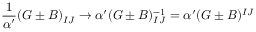
\frac { 1 } { \alpha ^ { \prime } } ( G \pm B ) _ { I J } \rightarrow \alpha ^ { \prime } ( G \pm B ) _ { I J } ^ { - 1 } = \alpha ^ { \prime } ( G \pm B ) ^ { I J }